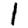
Digit: 1